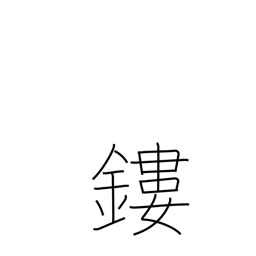
Meaning: mount